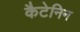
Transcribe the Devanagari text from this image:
कैटेनिन